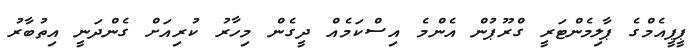
ޕީޕީއެމްގެ ޕާލިމެންޓަރީ ގްރޫޕުން އެންމެ އިސްކަމެއް ދީގެން މިހާރު ކުރިއަށް ގެންދަނީ އިތުބާރު